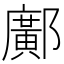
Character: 鄺